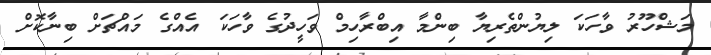
މަޝްހޫރު ވާހަކަ ލިޔުންތެރިޔާ ބިންމާ އިބްރާހިމް ވަހީދުގެ ވާހަކަ އެއްގެ މައްޗަށް ބިނާކޮށް